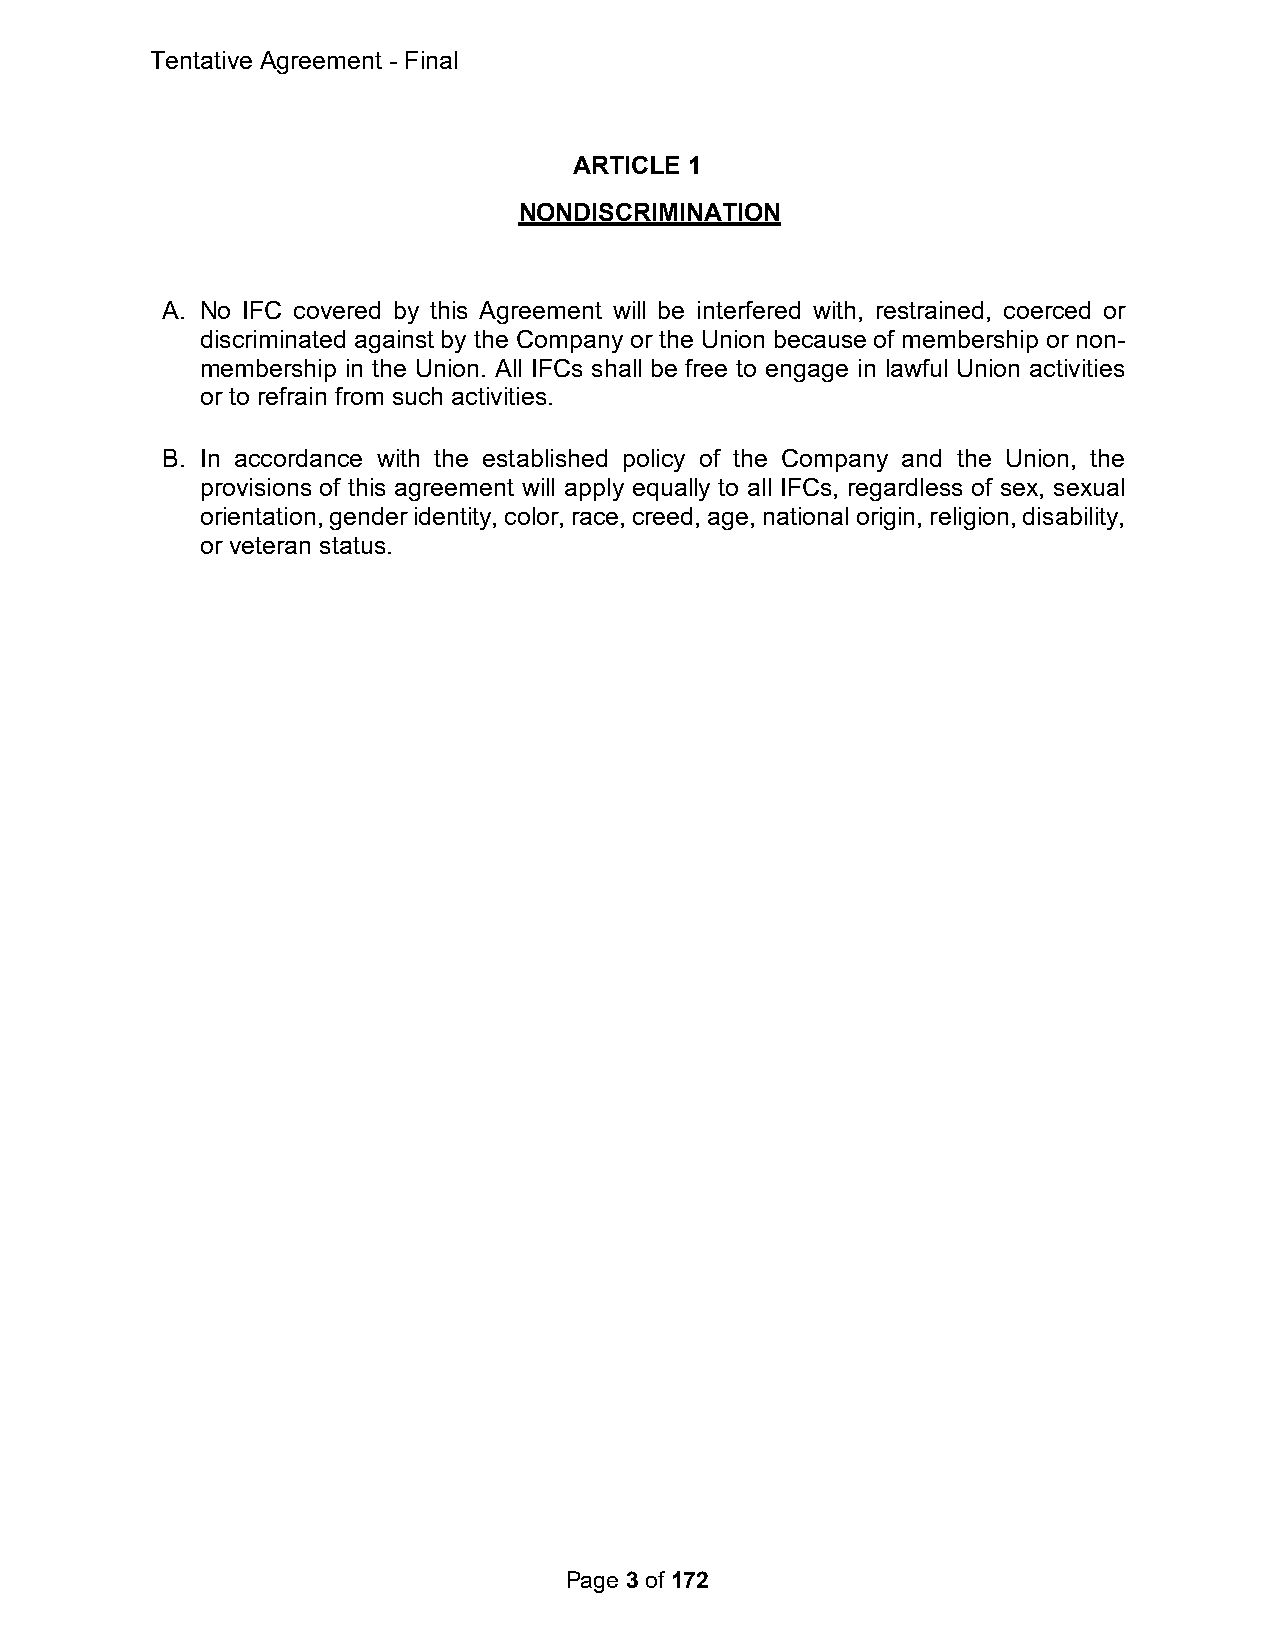
Tentative Agreement - Final
 ARTICLE 1
 NONDISCRIMINATION
 A. No IFC covered by this Agreement will be interfered with, restrained, coerced or
 discriminated against by the Company or the Union because of membership or non-
 membership in the Union. All IFCs shall be free to engage in lawful Union activities
 or to refrain from such activities.
 B. In accordance with the established policy of the Company and the Union, the
 provisions of this agreement will apply equally to all IFCs, regardless of sex, sexual
 orientation, gender identity, color, race, creed, age, national origin, religion, disability,
 or veteran status.
 Page 3 of 172